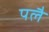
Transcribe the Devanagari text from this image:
पलै